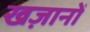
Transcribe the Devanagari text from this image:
खज़ानों